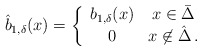
\begin{align*}\hat{b}_{1,\delta}(x) =\left\{\begin{array}{cc}b_{1,\delta}(x) & x \in \bar \Delta\\0 & x \not\in \hat \Delta\,.\end{array} \right.\end{align*}